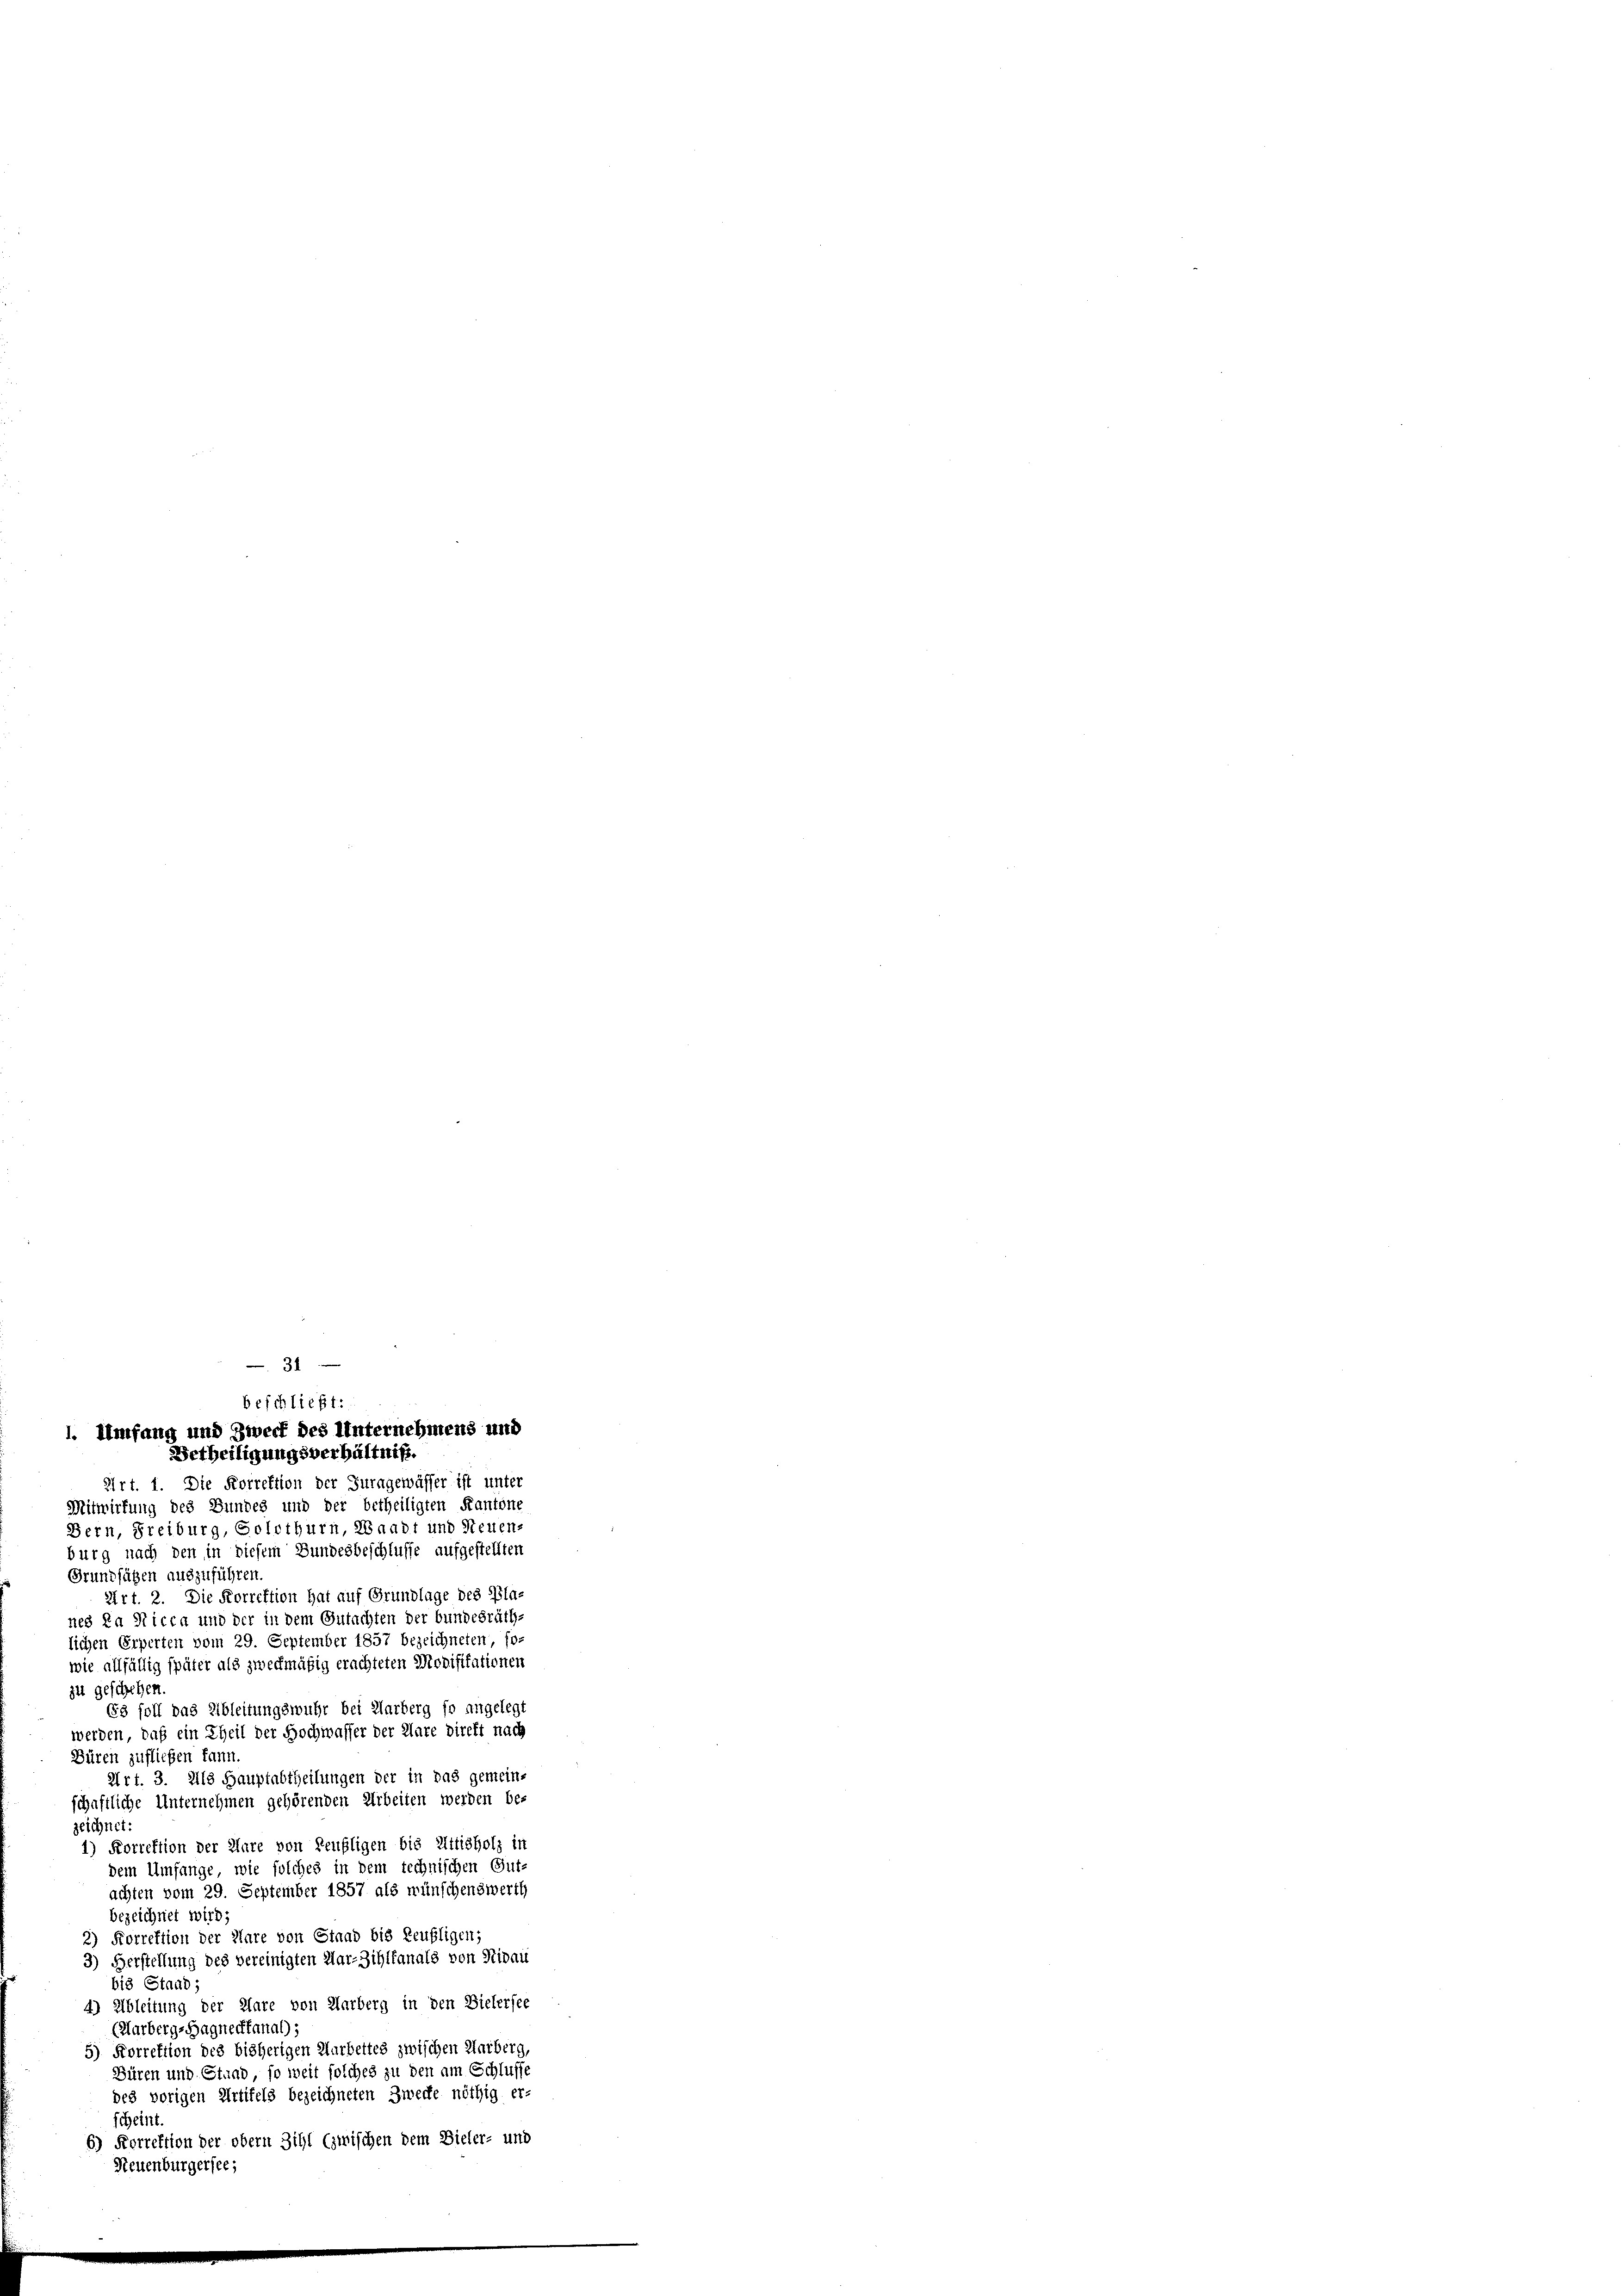
31
beschließt:
1. Umfang und Zweck des Unternehmens und
Betheiligungsverhältniß.

Art. 1. Die Korrektion der Juragewässer ist unter
Mitwirkung des Bundes und der betheiligten Kantone
Bern, Freiburg, Solothurn, Waadt und Neuens
burg nach den in diesem Bundesbeschlusse aufgestellten
Grundsätzen auszuführen.
Art. 2. Die Korrektion hat auf Grundlage des Pla-
nes da Nicca und der in dem Gutachten der bundesräth.
lichen Erperten vom 29. September 1857 bezeichneten so-
wie allfällig später als zweckmäßig erachteten Modifikationen
zu geschehen.
Es soll das Ableitungswuhr bei Marberg so angelegt
werden, daß ein Theil der Hochwasser der Klare direkt nach
Büren zufließen kann.
Art. 3. Als Hauptabtheilungen der in das gemein-
schaftliche Unternehmen gehörenden Arbeiten werden be-
zeichnet:
1) Korrektion der Aare von Teufligen bis Uttisholz in
dem Umfange, wie solches in dem technischen Gut-
achten vom 29. September 1857 als wünschenswerth
bezeichnet wird;
2) Forrektion der Klare von Staad bis Reufligen;
3) Verstellung des vereinigten Mar-Zihlfanals von Rivai
bis Stand;
4.) Ableitung der Klare von Aarberg in den Bielersee
(Harberg-Hagnecfanal);
5) Korrektion des bisherigen Narbettes zwischen Harberg,
Büren und Stand, so weit solches zu den am Schlusse
des vorigen Artifels bezeichneten Zwecke nöthig er-
scheint.
6) Korrektion der obern Sihl (zwischen dem Bieler- und
Neuenburgersee,